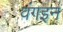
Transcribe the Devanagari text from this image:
वंगइन